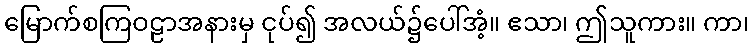
မြောက်စကြဝဠာအနားမှ ငုပ်၍ အလယ်၌ပေါ်အံ့။ ဧသာ၊ ဤသူကား။ ကာ၊